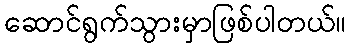
ဆောင်ရွက်သွားမှာဖြစ်ပါတယ်။